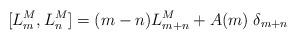
LaTeX: \begin{align*}[L_m^M, L_n^M]=(m-n) L_{m+n}^M+A(m)\;\delta_{m+n}\end{align*}